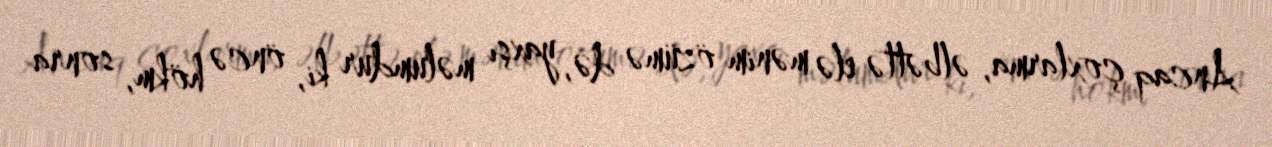
Ancaq çoxlarma, əlbəttə elə mənim özümə də, yaxşı məlumdur ki, öncə hökm, sonra